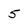
Character: 5